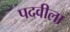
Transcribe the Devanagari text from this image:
पदवीला